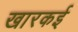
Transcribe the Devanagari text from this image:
खारकई